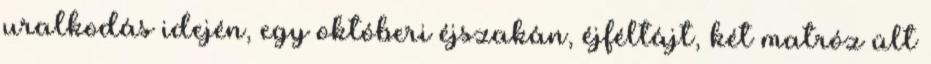
uralkodás idején, egy októberi éjszakán, éjféltájt, két matróz ült